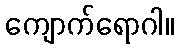
ကျောက်ရောဂါ။